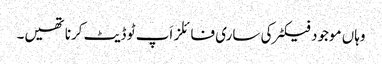
وہاں موجود فیکٹر کی ساری فائلز اَپ ٹو ڈیٹ کرنا تھیں۔